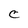
Character: C